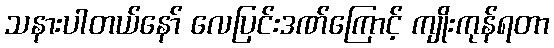
သနားပါတယ်နော် လေပြင်းဒဏ်ကြောင့် ကျိုးကုန်ရတာ